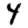
Digit: 4